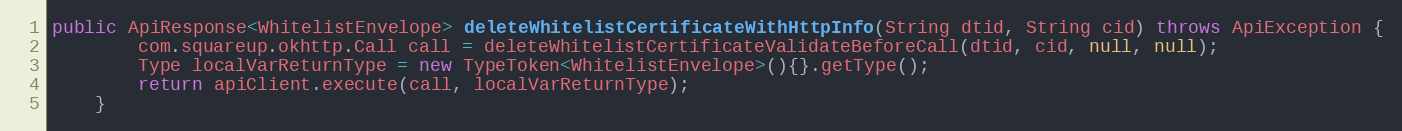
Language: Java
public ApiResponse<WhitelistEnvelope> deleteWhitelistCertificateWithHttpInfo(String dtid, String cid) throws ApiException {
        com.squareup.okhttp.Call call = deleteWhitelistCertificateValidateBeforeCall(dtid, cid, null, null);
        Type localVarReturnType = new TypeToken<WhitelistEnvelope>(){}.getType();
        return apiClient.execute(call, localVarReturnType);
    }